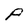
Character: P